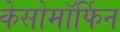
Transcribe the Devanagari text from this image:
केसोमॉर्फिन